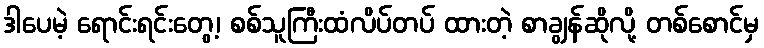
ဒါပေမဲ့ ရောင်းရင်းတွေ့၊ စစ်သူကြီးထံလိပ်တပ် ထားတဲ့ စာချွန်ဆိုလို့ တစ်စောင်မှ